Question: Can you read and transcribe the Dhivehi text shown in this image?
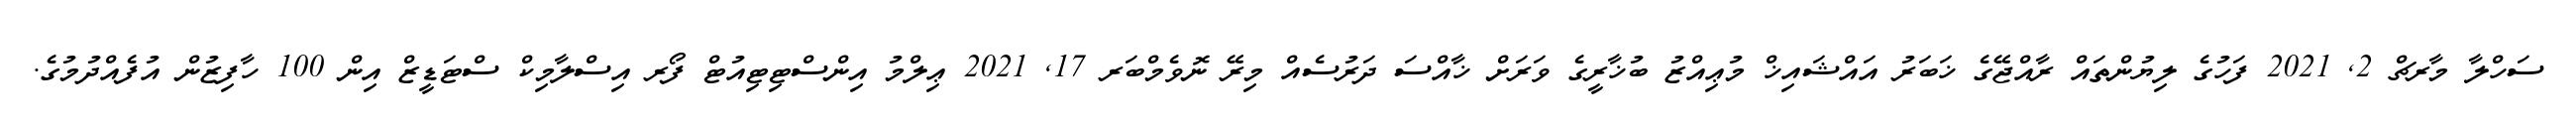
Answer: ސަހްލާ މާރޗް 2, 2021 ފަހުގެ ލިޔުންތައް ރާއްޖޭގެ ޚަބަރު އައްޝައިޚް މުޢިއްޒު ބުޚާރީގެ ވަރަށް ޚާއްސަ ދަރުސެއް މިރޭ ނޮވެމްބަރ 17, 2021 ޢިލްމު އިންސްޓިޓިއުޓް ފޯރ އިސްލާމިކް ސްޓަޑީޒް އިން 100 ހާފިޒުން އުފެއްދުމުގެ.